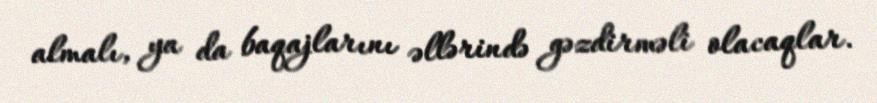
almalı, ya da baqajlarını əllərində gəzdirməli olacaqlar.